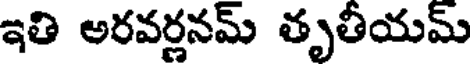
ఇతి అరవర్లనమ్ తృతీయమ్